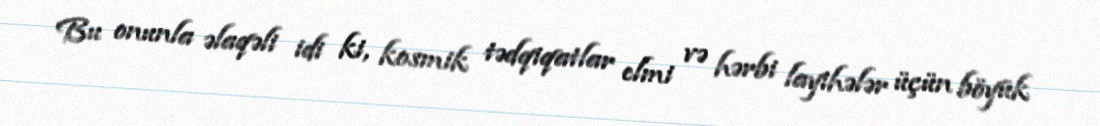
Bu onunla əlaqəli idi ki, kosmik tədqiqatlar elmi və hərbi layihələr üçün böyük